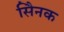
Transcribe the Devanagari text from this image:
सैिनक